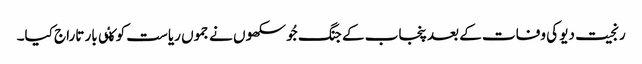
رنجیت دیو کی وفات کے بعد پنجاب کے جنگ جُو سکھوں نے جموں ریاست کو کٸی بار تاراج کیا۔